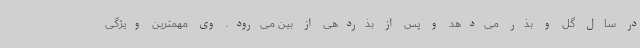
در سال گل و بذر می‌دهد و پس از بذردهی از بین می‌رود. وی مهمترین ویژگی